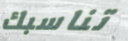
تناسبك